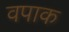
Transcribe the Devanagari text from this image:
वपाक